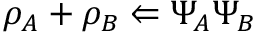
\rho _ { A } + \rho _ { B } \Leftarrow \Psi _ { A } \Psi _ { B }